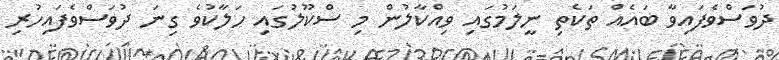
ދުވަސްވެފައިވާ ބައެއް ތަކެތި ނީލަމުގައި ވިއްކާލުން މި ސްކޫލުގައި ހަލާކުވެ ގިނަ ދުވަސްވެފައިހުރި